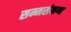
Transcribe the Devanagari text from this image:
सम्मसंकप्प